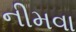
નીમવા